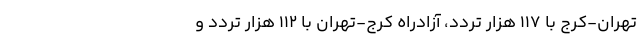
تهران‌-کرج با 117 هزار تردد، آزادراه کرج-تهران با 112 هزار تردد و